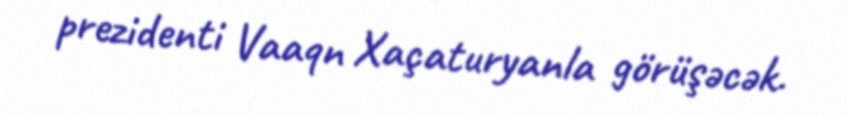
prezidenti Vaaqn Xaçaturyanla görüşəcək.